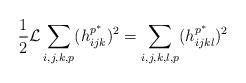
LaTeX: \begin{align*}\aligned\frac{1}{2}\mathcal{L}\sum_{i,j,k,p}(h_{ijk}^{p^{\ast}})^{2}=\sum_{i,j,k,l,p}(h_{ijkl}^{p^{\ast}})^{2}\endaligned\end{align*}